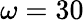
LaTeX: \omega=30